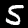
Digit: 5